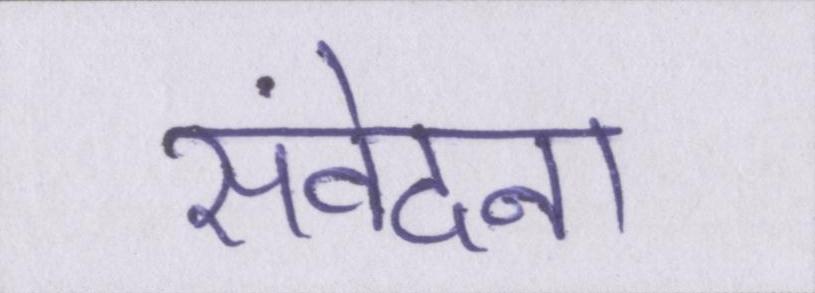
संवेदना